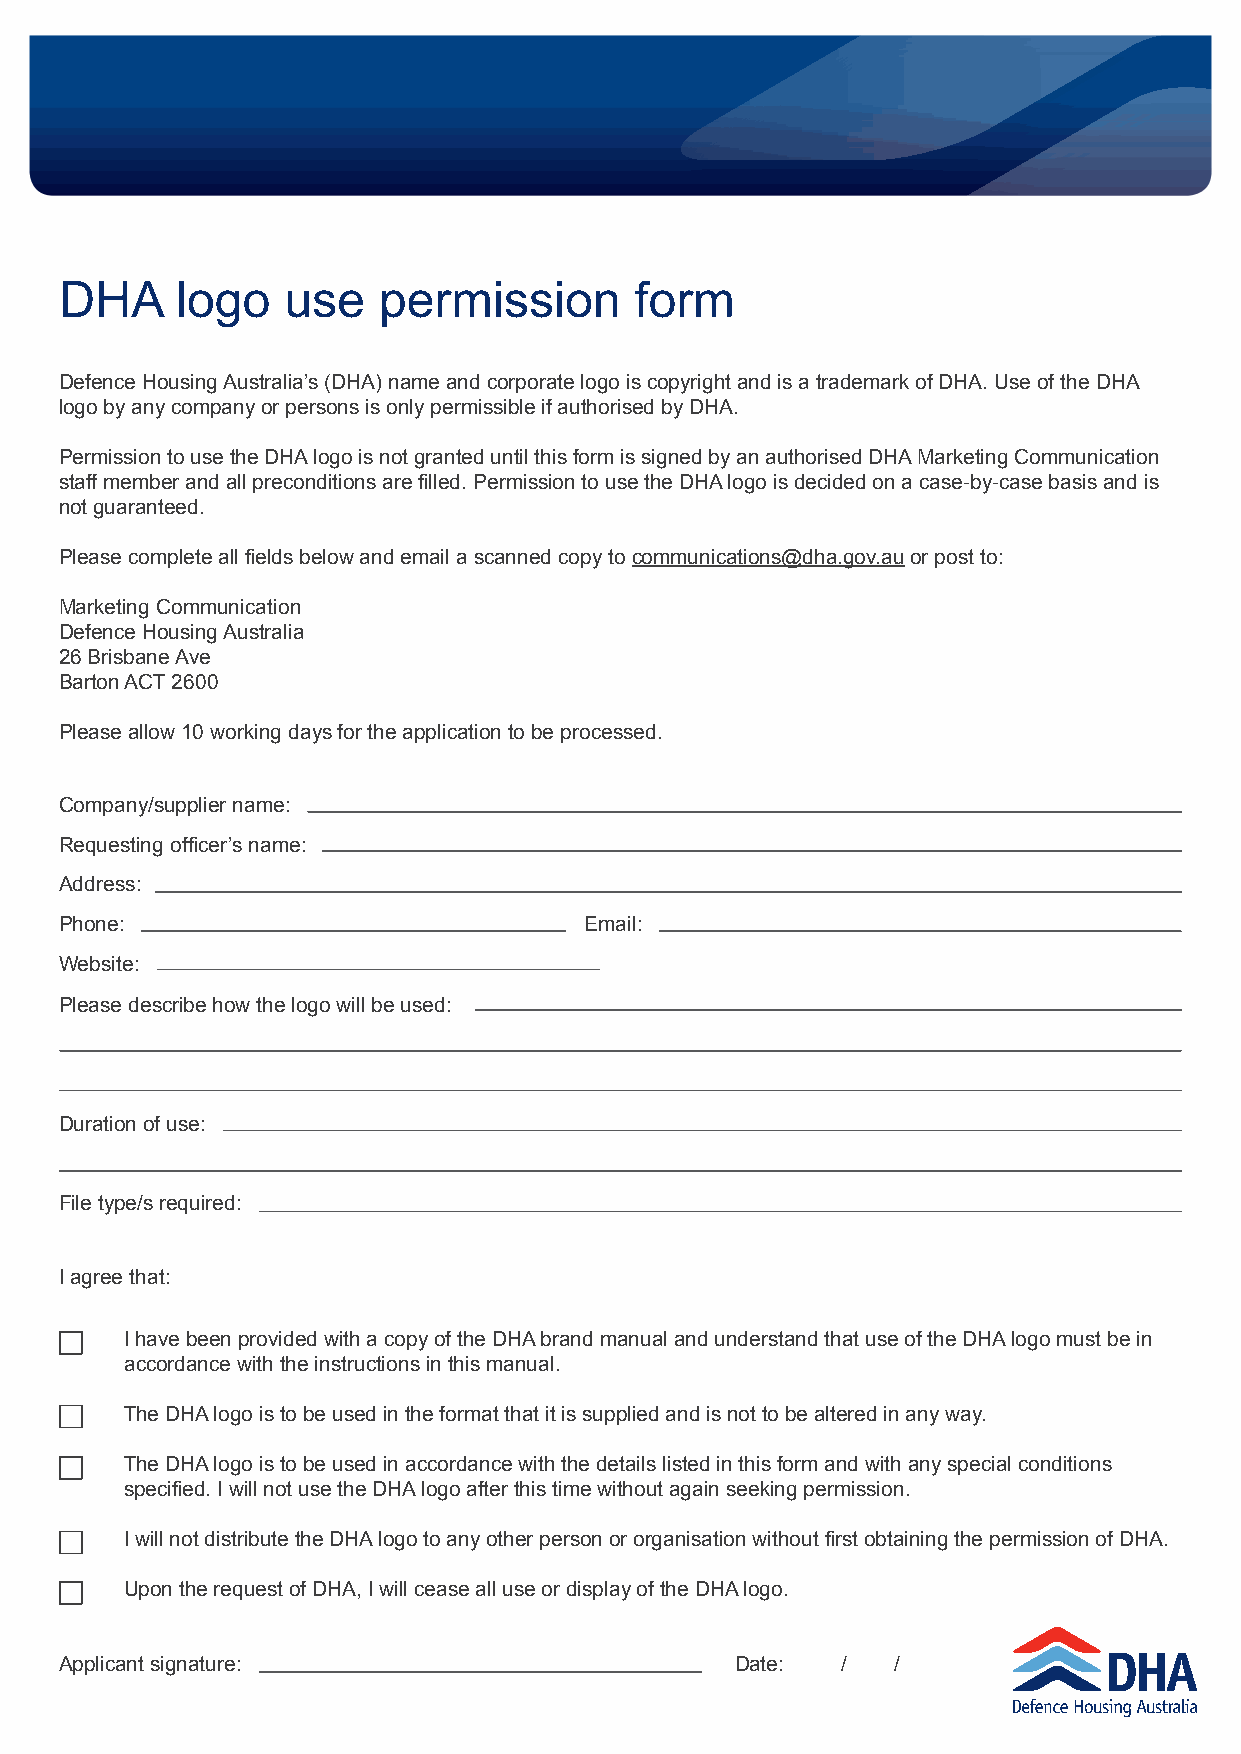
DHA     logo   use   permission       form
 Defence Housing Australia’s (DHA) name and corporate logo is copyright and is a trademark of DHA. Use of the DHA
 logo by any company or persons is only permissible if authorised by DHA.
 Permission to use the DHA logo is not granted until this form is signed by an authorised DHA Marketing Communication
 staff member and all preconditions are filled. Permission to use the DHA logo is decided on a case-by-case basis and is
 not guaranteed.
 Please complete all fields below and email a scanned copy to communications@dha.gov.au or post to:
 Marketing Communication
 Defence Housing Australia
 26 Brisbane Ave
 Barton ACT 2600
 Please allow 10 working days for the application to be processed.
 Company/supplier name:
 Requesting officer’s name:
 Address:
 Phone:                             Email:
 Website:
 Please describe how the logo will be used:
 Duration of use:
 File type/s required:
 I agree that:
 I have been provided with a copy of the DHA brand manual and understand that use of the DHA logo must be in
 accordance with the instructions in this manual.
 The DHA logo is to be used in the format that it is supplied and is not to be altered in any way.
 The DHA logo is to be used in accordance with the details listed in this form and with any special conditions
 specified. I will not use the DHA logo after this time without again seeking permission.
 I will not distribute the DHA logo to any other person or organisation without first obtaining the permission of DHA.
 Upon the request of DHA, I will cease all use or display of the DHA logo.
 Applicant signature:                         Date:  /  /